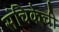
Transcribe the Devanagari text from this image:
संचिकेची